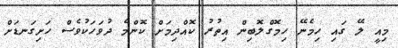
މިއީ ލޭ ގައި ހިމެނޭ ހިމޮގްލޮބިން އިތުރު ކޮއްދިމަށް ކޮންމެ ދުވަހަކުވެސް ހަށިގަނޑަށް